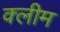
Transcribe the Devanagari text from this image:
क्लीम